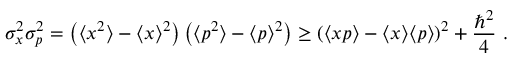
\sigma _ { x } ^ { 2 } \sigma _ { p } ^ { 2 } = \left( \langle x ^ { 2 } \rangle - \langle x \rangle ^ { 2 } \right) \left( \langle p ^ { 2 } \rangle - \langle p \rangle ^ { 2 } \right) \geq \left( \langle x p \rangle - \langle x \rangle \langle p \rangle \right) ^ { 2 } + { \frac { \hbar ^ { 2 } } { 4 } } ~ .